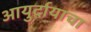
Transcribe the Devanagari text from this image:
आयुर्दायाचा